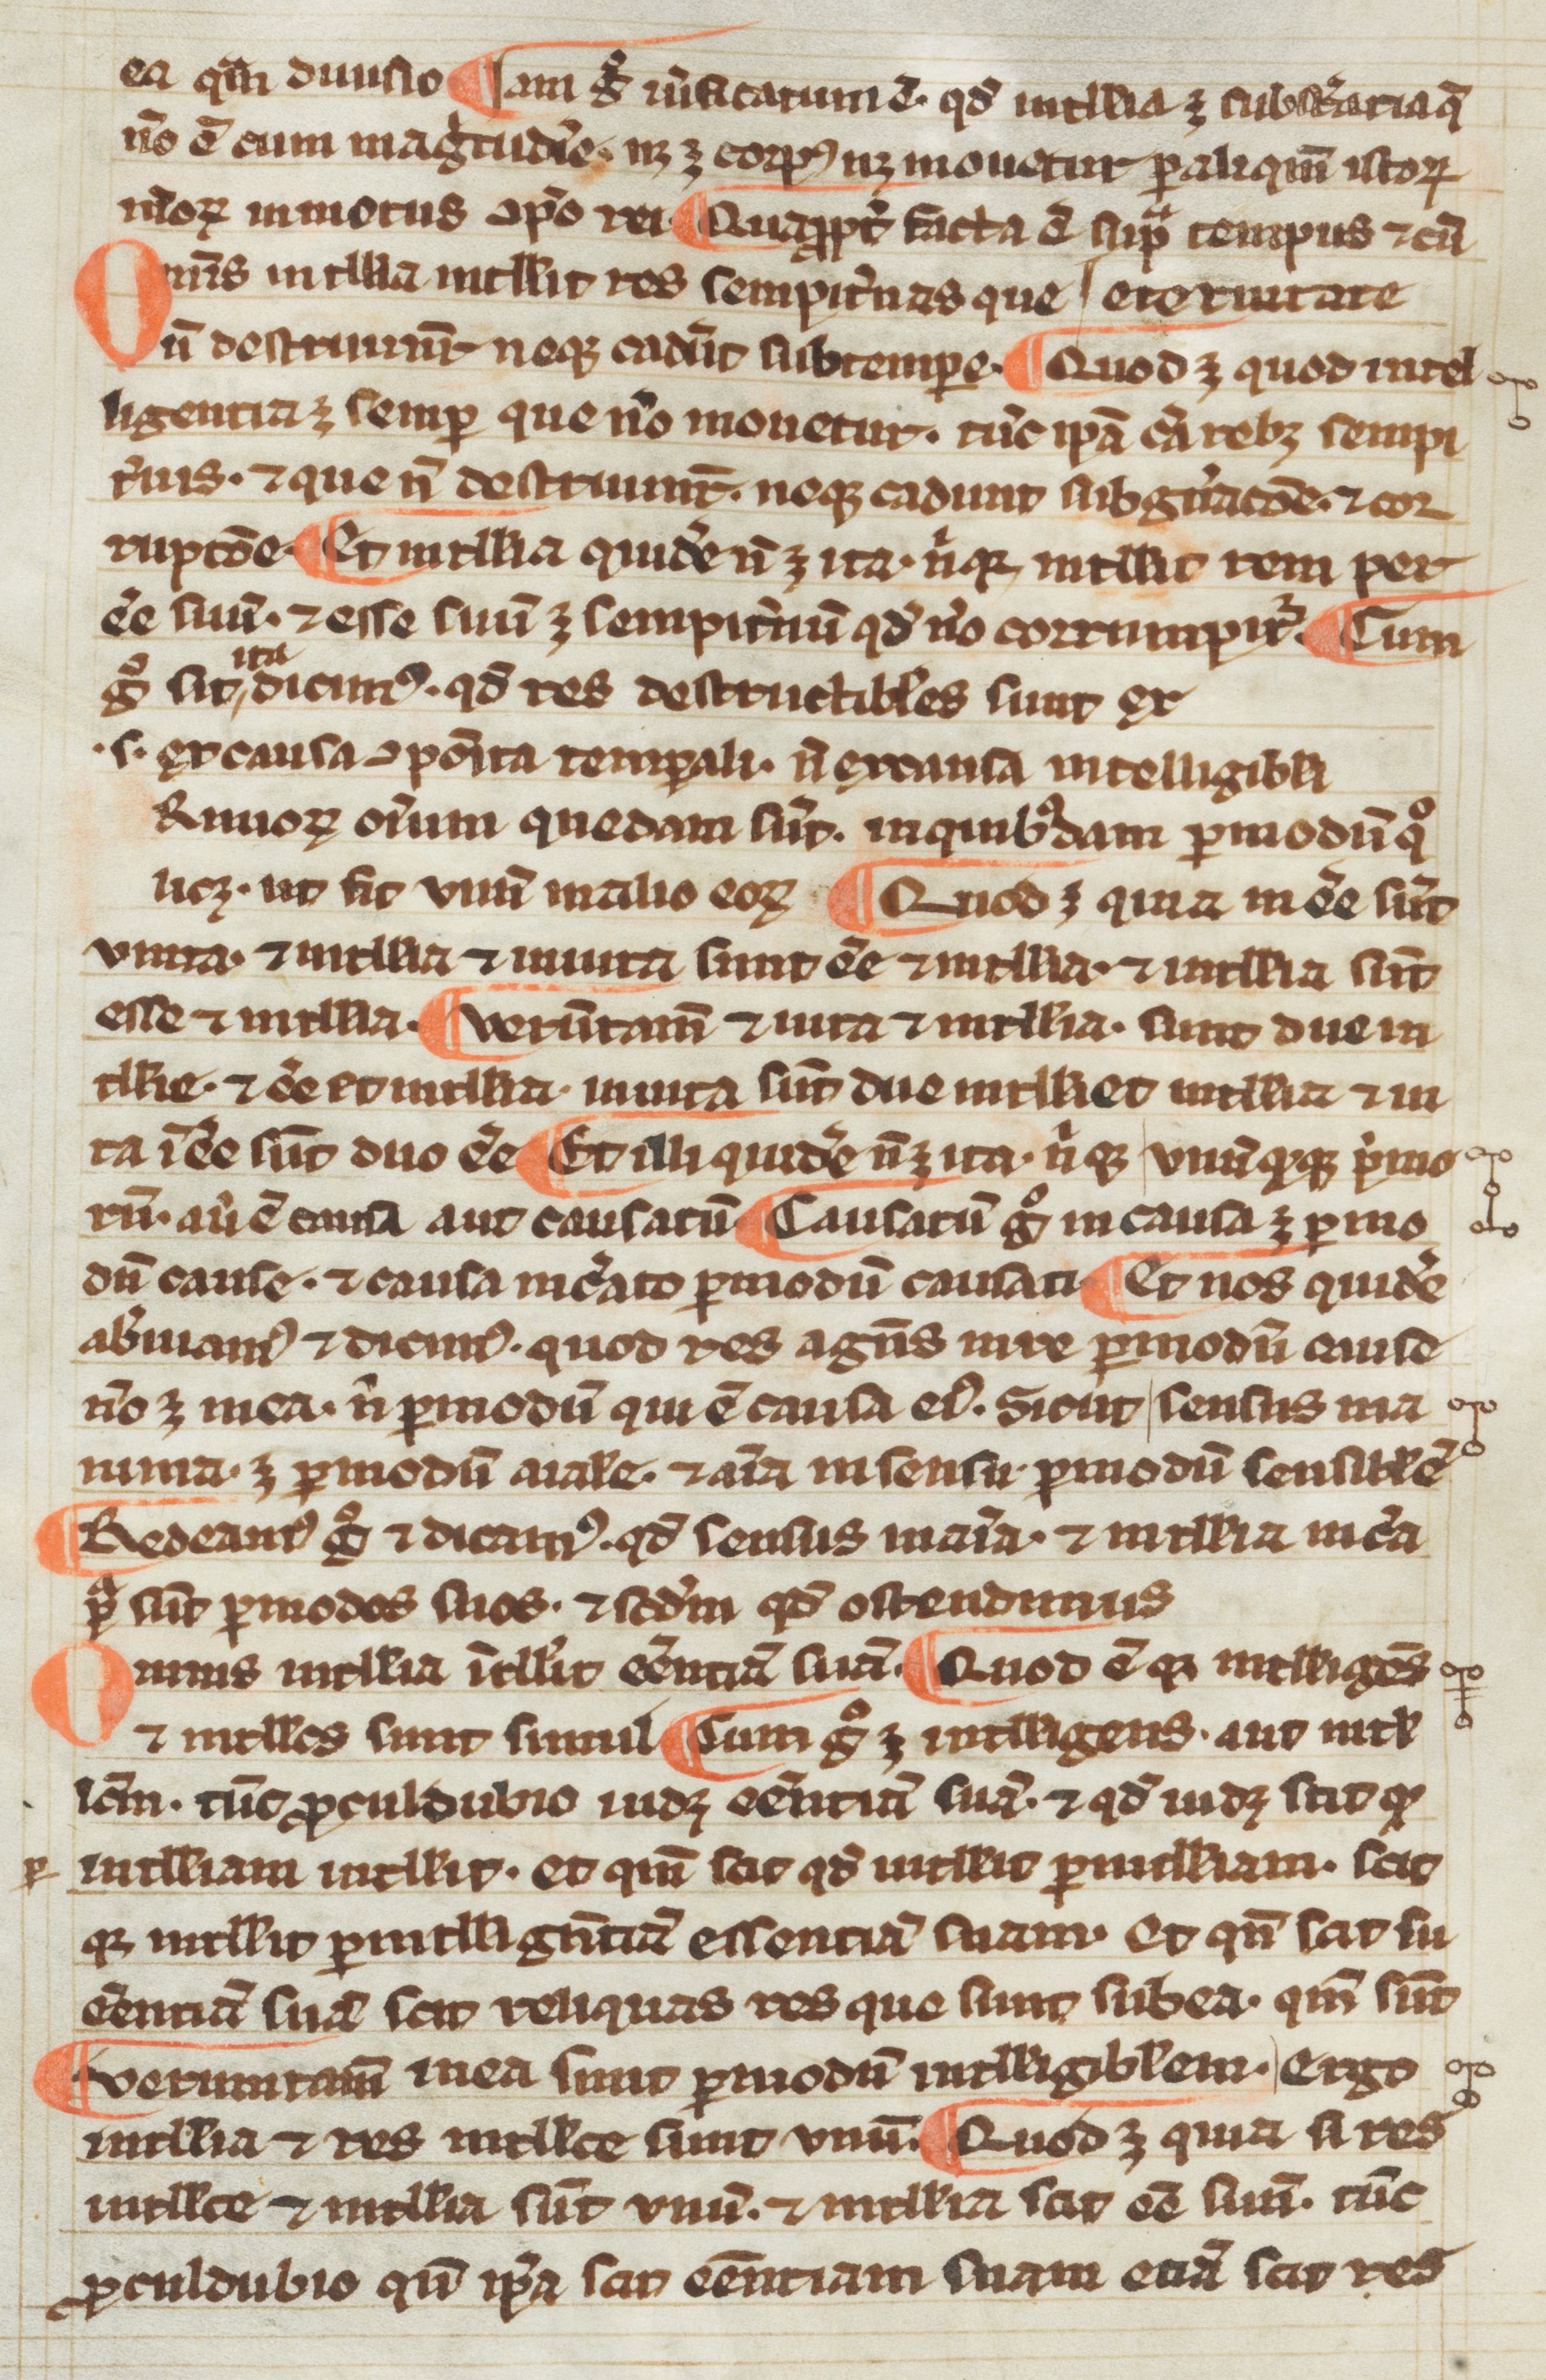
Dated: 1300–1399